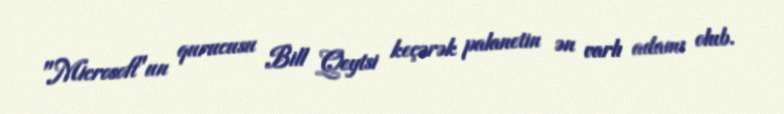
"Microsoft"un qurucusu Bill Qeytsi keçərək palanetin ən varlı adamı olub.